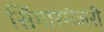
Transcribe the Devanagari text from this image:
सिंगारमंजरी